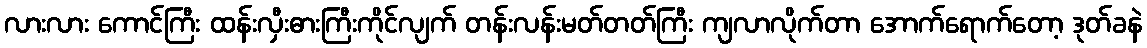
လားလား ကောင်ကြီး ထန်းလှီးဓားကြီးကိုင်လျက် တန်းလန်းမတ်တတ်ကြီး ကျလာလိုက်တာ အောက်ရောက်တော့ ဒုတ်ခနဲ